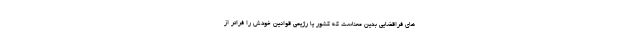
های فراقضایی بدین معناست که کشور یا رژیمی قوانین خودش را فراتر از